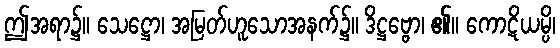
ဤအရာ၌။ သေဋ္ဌော၊ အမြတ်ဟူသောအနက်၌။ ဒိဋ္ဌဗ္ဗော၊ ၏။ ကောဋိယမ္ပိ၊